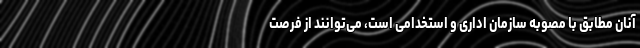
آنان مطابق با مصوبه سازمان اداری و استخدامی است، می‌توانند از فرصت